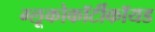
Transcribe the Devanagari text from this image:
ग्लूकोकॉर्टीकॉयड